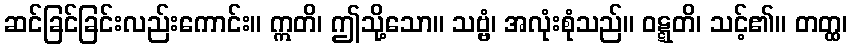
ဆင်ခြင်ခြင်းလည်းကောင်း။ ဣတိ၊ ဤသို့သော။ သဗ္ဗံ၊ အလုံးစုံသည်။ ဝဋ္ဋတိ၊ သင့်၏။ တတ္ထ၊